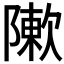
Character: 𨼤